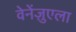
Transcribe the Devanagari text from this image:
वेनेंज़ुएला